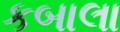
કબાલા